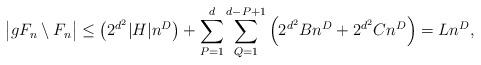
LaTeX: \begin{align*}\big|gF_n\setminus F_n\big|\le \big( 2^{d^2} |H| n^D \big) + \sum_{P=1}^d\sum_{Q=1}^{d-P+1} \Big( 2^{d^2} B n^D + 2^{d^2} C n^D \Big)= Ln^D ,\end{align*}